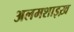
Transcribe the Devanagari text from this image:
अलमशाइख़